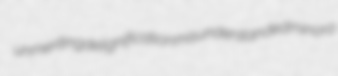
unmeriting delignification misunderstanded minora